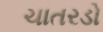
ચાતરડો